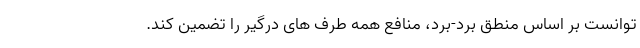
توانست بر اساس منطق برد-برد، منافع همه طرف های درگیر را تضمین کند.